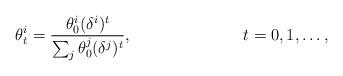
LaTeX: \begin{align*} \theta_t^i = \frac{\theta_0^i(\delta^i)^t}{\sum_j \theta_0^j(\delta^j)^t}, & & t=0,1,\ldots,\end{align*}